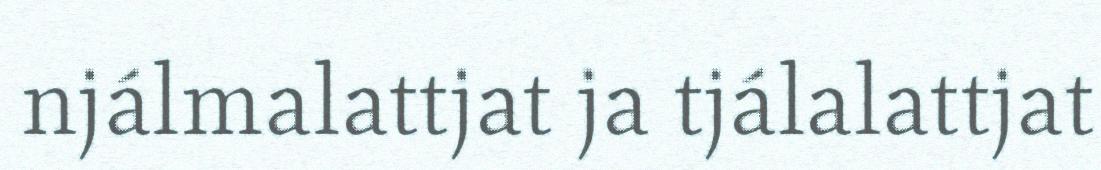
njálmalattjat ja tjálalattjat